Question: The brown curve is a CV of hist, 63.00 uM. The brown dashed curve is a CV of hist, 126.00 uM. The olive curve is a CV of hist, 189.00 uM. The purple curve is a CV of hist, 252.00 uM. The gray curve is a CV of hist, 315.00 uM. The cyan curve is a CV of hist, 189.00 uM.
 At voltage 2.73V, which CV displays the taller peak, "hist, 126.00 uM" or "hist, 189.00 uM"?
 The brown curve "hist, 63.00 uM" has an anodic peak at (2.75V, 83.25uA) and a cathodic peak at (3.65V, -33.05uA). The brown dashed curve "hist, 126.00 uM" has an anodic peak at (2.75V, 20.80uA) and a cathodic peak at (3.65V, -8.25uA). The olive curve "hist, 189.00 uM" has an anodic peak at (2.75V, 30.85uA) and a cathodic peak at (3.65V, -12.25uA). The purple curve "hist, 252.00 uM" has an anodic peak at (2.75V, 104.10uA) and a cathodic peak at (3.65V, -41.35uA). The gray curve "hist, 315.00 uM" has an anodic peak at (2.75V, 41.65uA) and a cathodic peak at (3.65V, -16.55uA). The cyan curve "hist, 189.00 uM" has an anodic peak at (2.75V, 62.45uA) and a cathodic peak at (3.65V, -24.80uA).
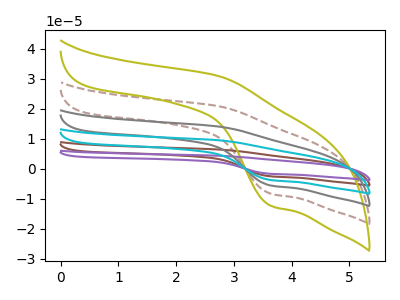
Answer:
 <answer>The peak at 2.73V is lower in "hist, 126.00 uM" than in "hist, 189.00 uM".</answer>
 <eval>lower</eval>